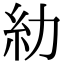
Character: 糼